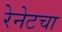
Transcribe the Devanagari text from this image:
रेनेटचा